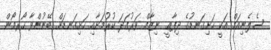
ސެލެނިއަމް އަކީ ހަށިގަނޑުގެ ދިފާޢީ ނިޒާމް ވަރުގަދަ ކުރުމަށާއި ހަށިގަނޑަށް ބޭނުންވާ ހޯރމޯން